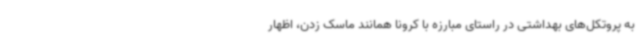
به پروتکل‌های بهداشتی در راستای مبارزه با کرونا همانند ماسک زدن، اظهار